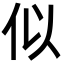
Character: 似